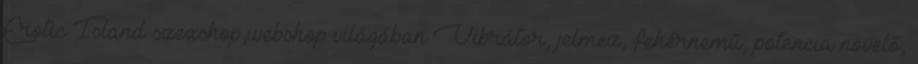
Erotic Island szexshop,webshop világában Vibrátor, jelmez, fehérnemű, potencia növelő,